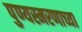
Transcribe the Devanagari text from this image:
पुण्यस्मरणाच्या